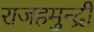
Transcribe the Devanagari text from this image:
राजहमुन्द्री